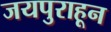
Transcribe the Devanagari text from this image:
जयपुराहून